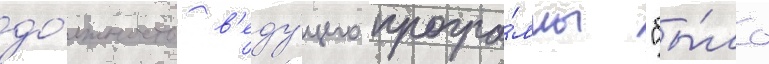
до́лжность в'еду́щего програ́ммы "бы́ло